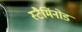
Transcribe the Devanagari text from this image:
स्टैमिंनोड